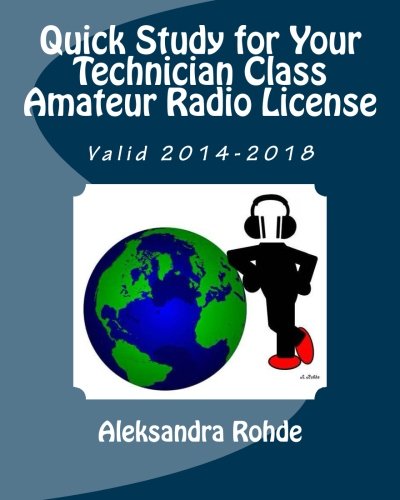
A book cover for Quick Study for Your Technician Class Amateur Radio License: Valid 2014-2018; Aleksandra Rohde; Crafts, Hobbies & Home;